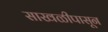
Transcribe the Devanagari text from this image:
साखळीपासून